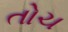
તોચ